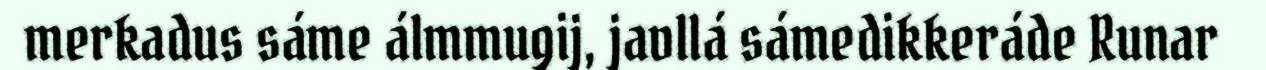
merkadus sáme álmmugij, javllá sámedikkeráde Runar